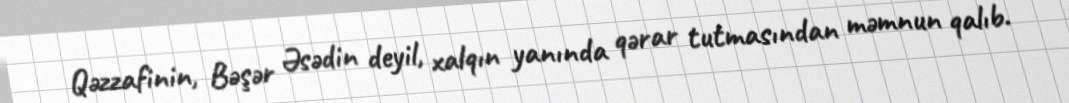
Qəzzafinin, Bəşər Əsədin deyil, xalqın yanında qərar tutmasından məmnun qalıb.